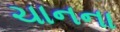
ચાનના